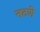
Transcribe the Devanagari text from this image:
नटणे